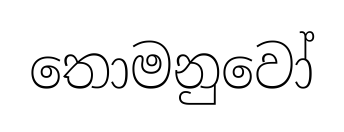
තොමනුවෝ